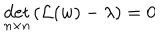
\det _ { n \times n } \left( { \cal L } ( w ) - \lambda \right) = 0